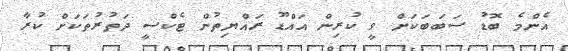
އެންމެ ބޮޑު ސަބަބަކަށް ވީ ކުރިން އައްޑޫ ރައްޔިތުން ޓެކްސީ ދަތުރުތަކަށް ކުރާ